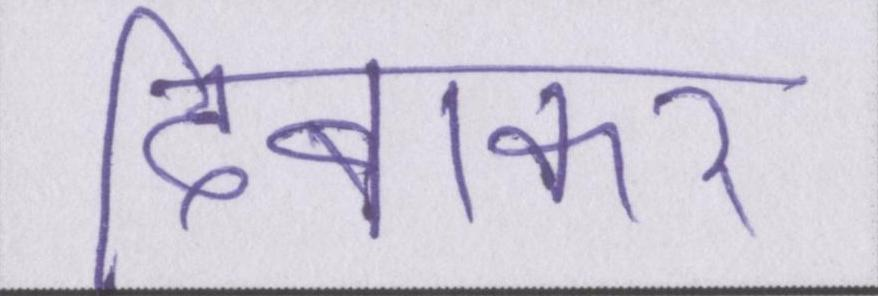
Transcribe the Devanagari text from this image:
दिबाकर